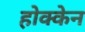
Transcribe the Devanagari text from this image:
होक्केन